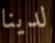
لدينا